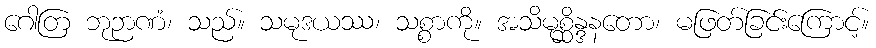
ဂေါတြ ဘုဉာဏံ၊ သည်။ သမုဒယဿ၊ သစ္စာကို။ အသိမုစ္ဆိန္ဒနတော၊ မဖြတ်ခြင်းကြောင့်။